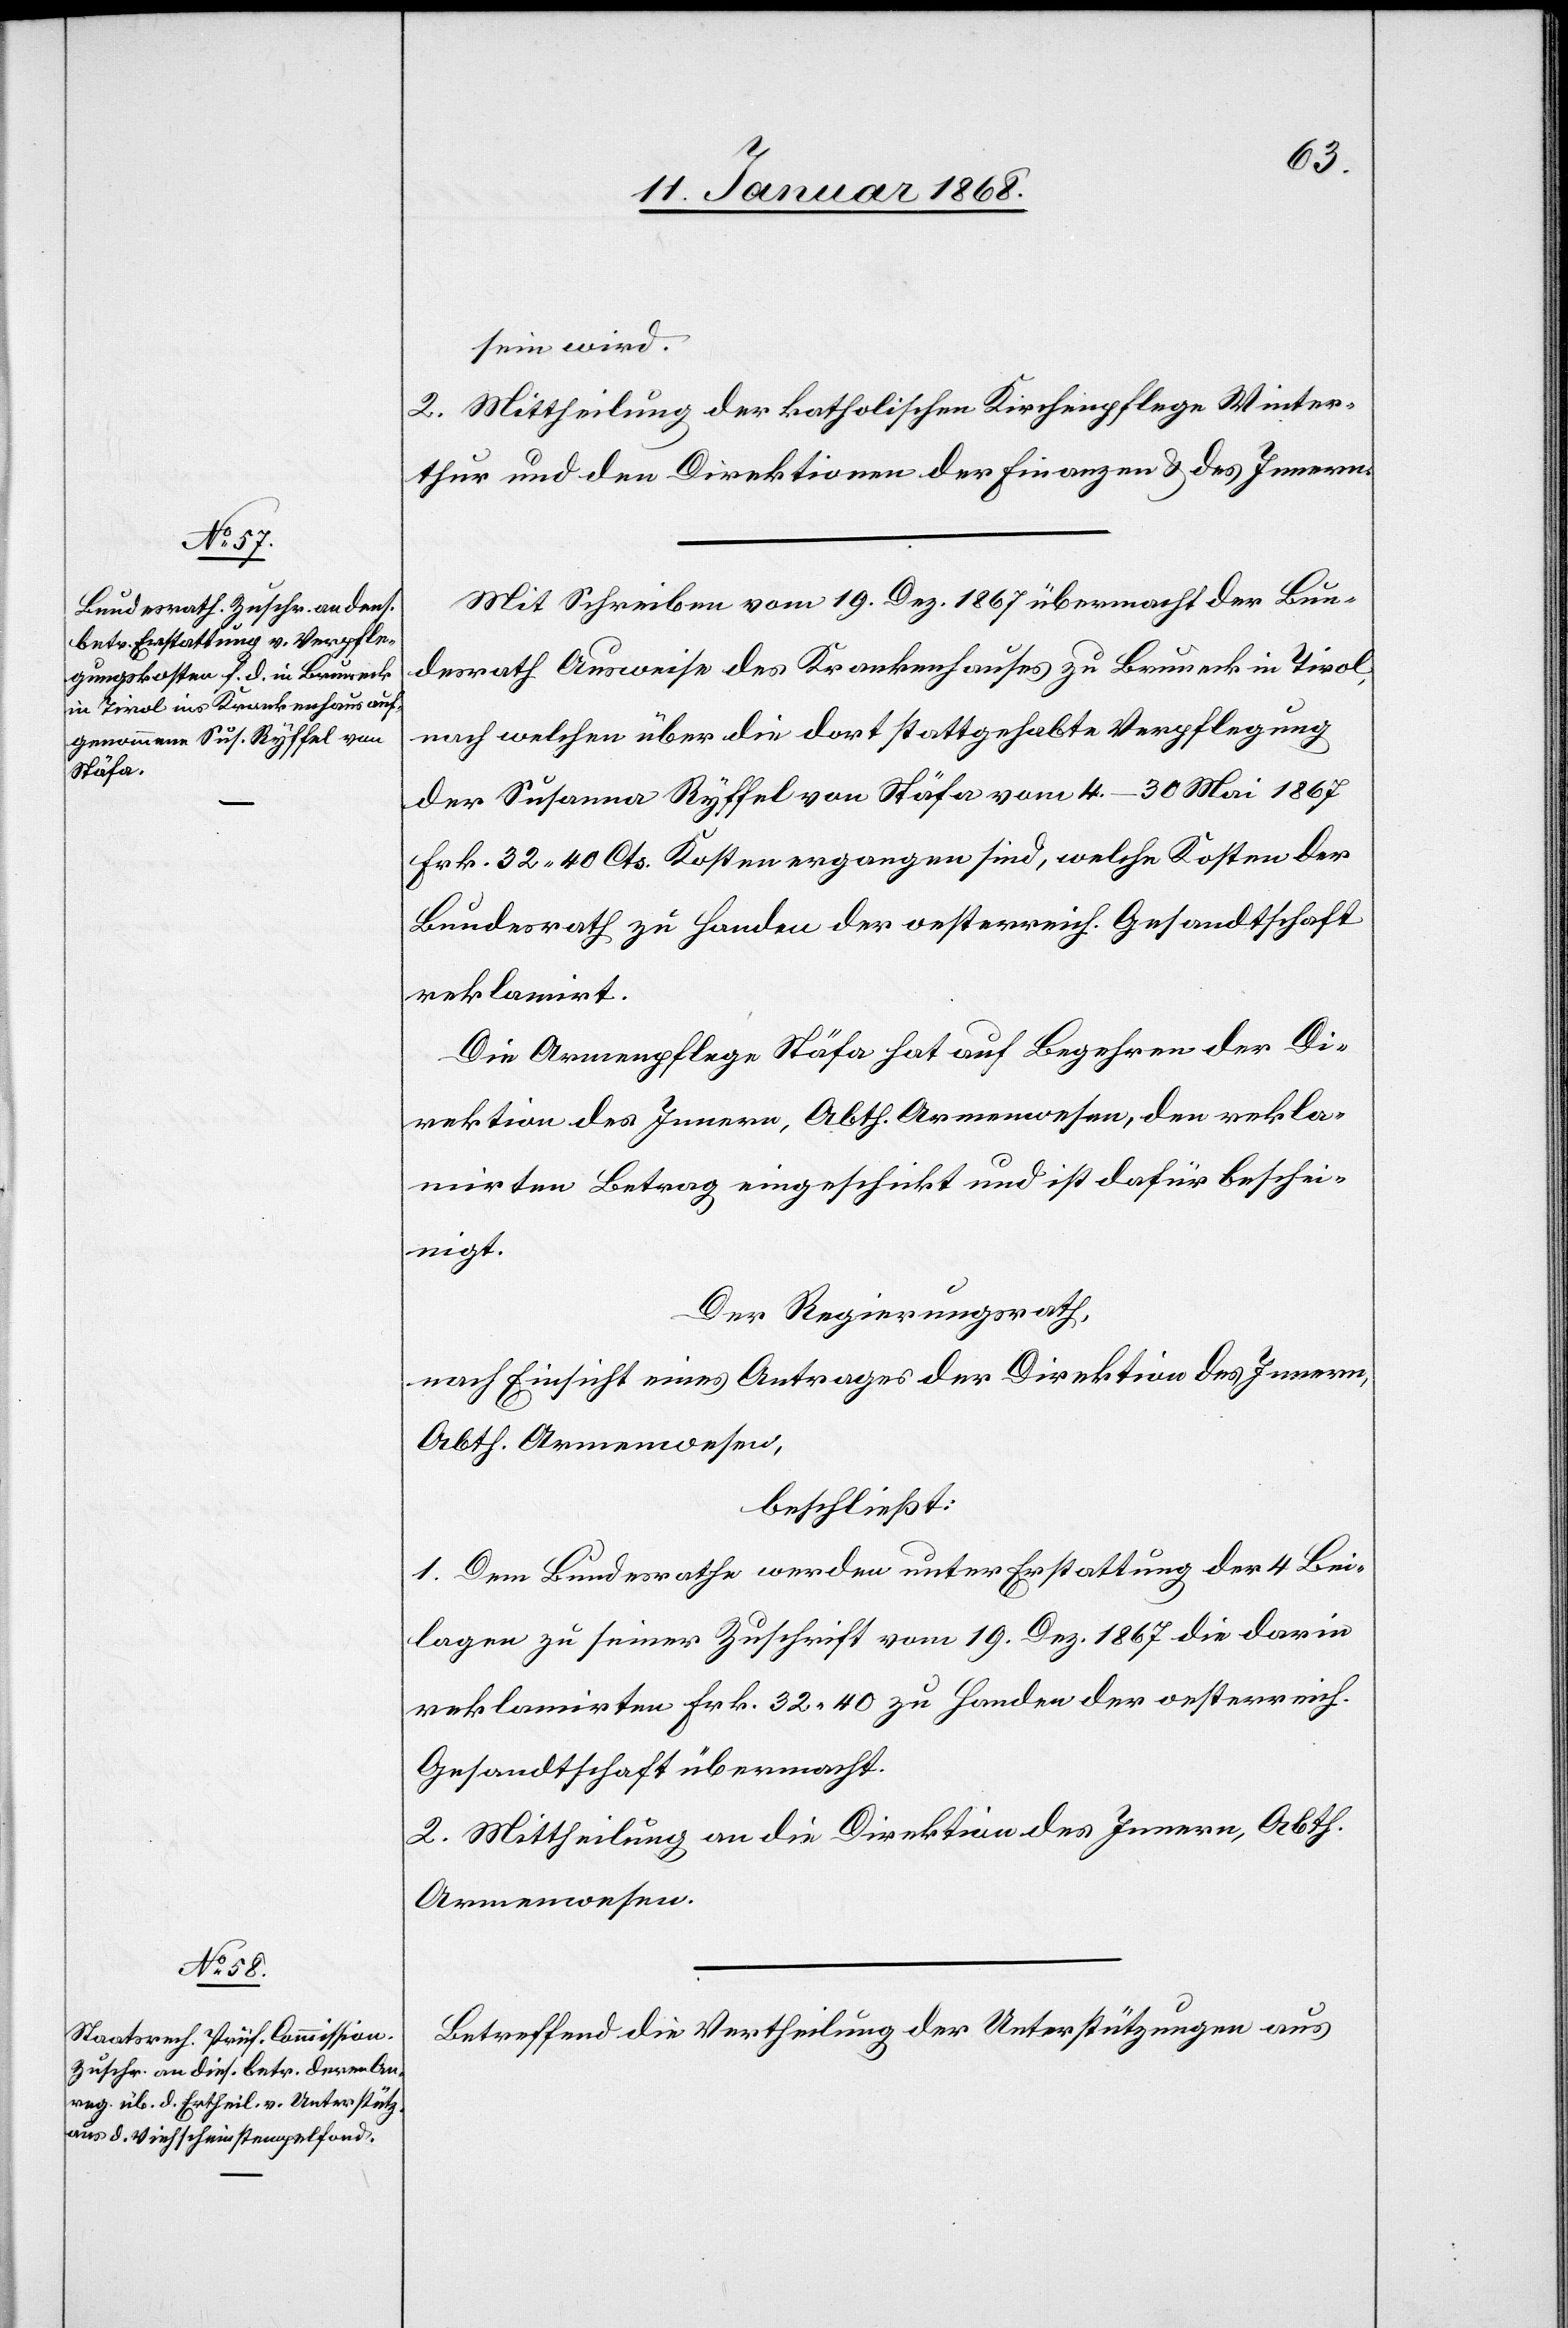
sein wird.
2. Mittheilung der katholischen Kirchenpflege Winter¬
thur und den Direktionen der Finanzen & des Innern.
Mit Schreiben vom 19. Dez. 1867 übermacht der Bun¬
desrath Ausweise des Krankenhauses zu Bruneck in Tirol,
nach welchen über die dort stattgehabte Verpflegung
der Susanna Ryffel von Stäfa vom 4.–30 Mai 1867
Frk. 32 40 Cts. Kosten ergangen sind, welche Kosten der
Bundesrath zu Handen der oesterreich. Gesandtschaft
reklamirt.
Die Armenpflege Stäfa hat auf Begehren der Di¬
rektion des Innern, Abth. Armenwesen, den rekla¬
mirten Betrag eingeschickt und ist dafür beschei¬
nigt.
Der Regierungsrath,
nach Einsicht eines Antrages der Direktion des Innern,
Abth. Armenwesen,
beschließt:
1. Dem Bundesrathe werden unter Erstattung der 4 Bei¬
lagen zu seiner Zuschrift vom 19. Dez. 1867 die darin
reklamirten Frk. 32 40 zu Handen der oesterreich.
Gesandtschaft übermacht.
2. Mittheilung an die Direktion des Innern, Abth.
Armenwesen.
Betreffend die Vertheilung der Unterstützungen aus